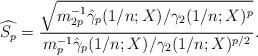
LaTeX: \begin{align*}\widehat{S_p} = \frac{\sqrt{m_{2p}^{-1} \hat{\gamma}_{p}(1/n;X)/\gamma_2(1/n;X)^{p}}}{m_p^{-1} \hat{\gamma}_p(1/n;X)/\gamma_2(1/n;X)^{p/2}}.\end{align*}